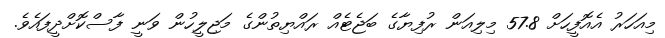
މިއަހަރު އެއޮފީހަށް 57.8 މިލިއަން ރުފިޔާގެ ބަޖެޓެއް ރައްޔިތުންގެ މަޖިލީހުން ވަނީ ފާސްކޮށްދީފައެވެ.